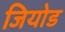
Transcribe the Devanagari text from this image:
जियोड